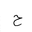
Letter: _ha